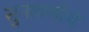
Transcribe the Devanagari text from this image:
सुनावणीचे